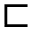
\sqsubset